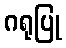
ဂရုပြု